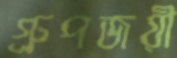
গ্রুপজয়ী